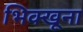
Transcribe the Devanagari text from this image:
भिक्खूना